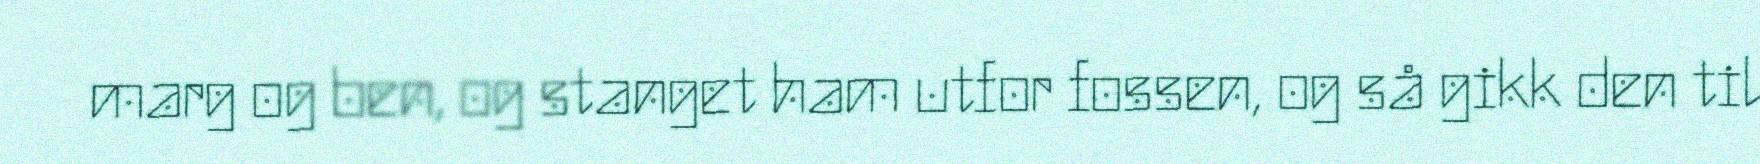
marg og ben, og stanget ham utfor fossen, og så gikk den til